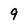
Character: 9